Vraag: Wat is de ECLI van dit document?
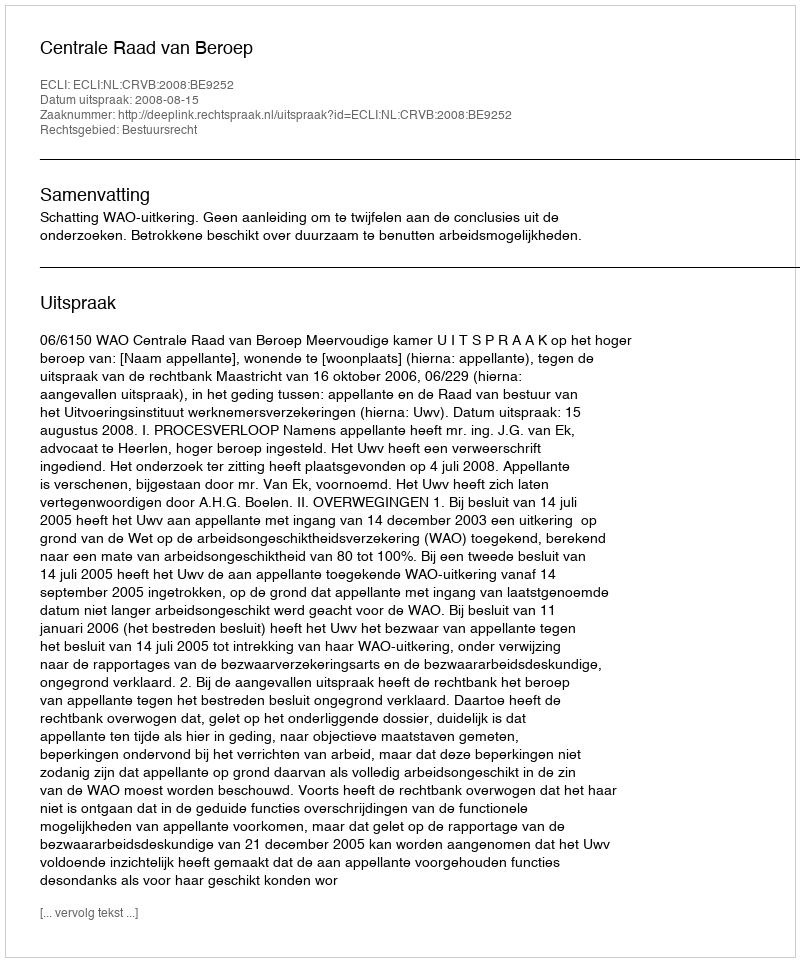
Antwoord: ECLI:NL:CRVB:2008:BE9252